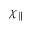
\chi _ { \parallel }